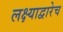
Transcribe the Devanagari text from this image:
लक्ष्याद्वारेच